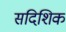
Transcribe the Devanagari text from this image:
सदिशिक